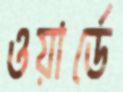
ওয়ার্ডে